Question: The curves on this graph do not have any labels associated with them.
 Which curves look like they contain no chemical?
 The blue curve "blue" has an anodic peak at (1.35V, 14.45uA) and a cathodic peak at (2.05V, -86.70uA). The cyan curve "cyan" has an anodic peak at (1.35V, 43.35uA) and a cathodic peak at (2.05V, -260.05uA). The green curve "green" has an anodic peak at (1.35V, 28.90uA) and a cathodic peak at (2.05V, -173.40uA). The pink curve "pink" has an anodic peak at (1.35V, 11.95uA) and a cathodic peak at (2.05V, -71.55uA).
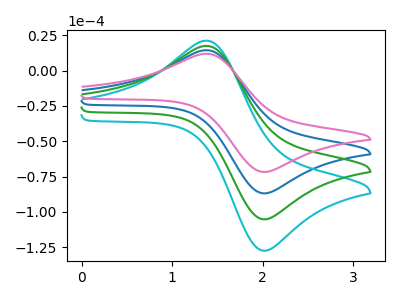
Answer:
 <answer>There are not any CV's on this graph that are likely to be blanks.</answer>
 <eval>none</eval>